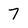
Character: 7